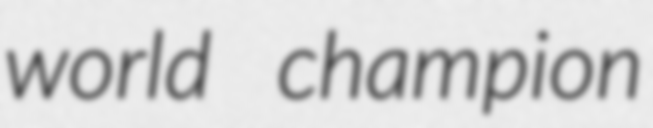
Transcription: world champion